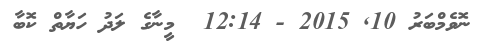
ނޮވެމްބަރު 10